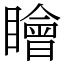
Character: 瞺